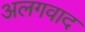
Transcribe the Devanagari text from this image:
अलगवाद